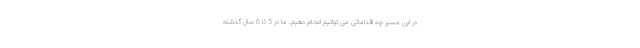
در این مسیر چه اقداماتی می توانیم انجام دهیم. ما در 5 تا 6 سال گذشته